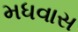
મધવાસ